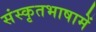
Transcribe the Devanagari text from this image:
संस्कृतभाषामें